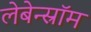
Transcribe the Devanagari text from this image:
लेबेन्स्रॉम